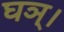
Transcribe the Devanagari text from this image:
घञ्।